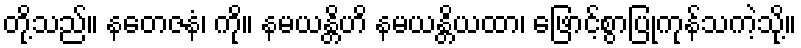
တို့သည်။ နတေဇနံ၊ ကို။ နမယန္တိဟိ နမယန္တိယထာ၊ ဖြောင့်စွာပြုကုန်သကဲ့သို့။